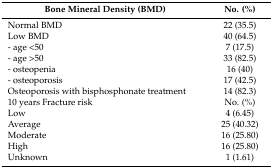
| Bone Mineral Density (BMD) | No. (%) |
 | --- | --- |
 | Normal BMD | 22 (35.5) |
 | Low BMD | 40 (64.5) |
 | - age <50 | 7 (17.5) |
 | - age >50 | 33 (82.5) |
 | - osteopenia | 16 (40) |
 | - osteoporosis | 17 (42.5) |
 | Osteoporosis with bisphosphonate treatment | 14 (82.3) |
 | 10 years Fracture risk | No. (%) |
 | Low | 4 (6.45) |
 | Average | 25 (40.32) |
 | Moderate | 16 (25.80) |
 | High | 16 (25.80) |
 | Unknown | 1 (1.61) |